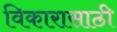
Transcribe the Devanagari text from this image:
विकारासाठी